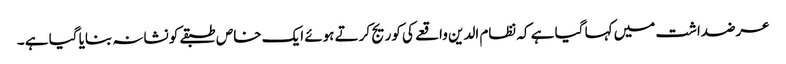
عرضداشت میں کہا گیا ہے کہ نظام الدین واقعے کی کوریج کرتے ہوئے ایک خاص طبقےکو نشانہ بنایا گیا ہے ۔